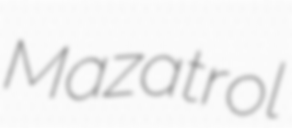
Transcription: Mazatrol